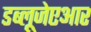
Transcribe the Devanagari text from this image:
डब्लूजेएआर